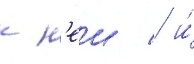
к н'еи / и́